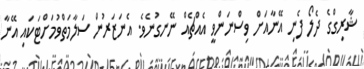
ޝާރިގްގެ ދެލޯ ފެނި އޭނާއަށް ވިސްނަންވީ އެއްޗެއް ނޭނގުނެވެ. އެނަޒަރުން ސަލާމަތްވުމަށްޓަކައި އޭނާ